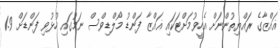
ޣައްޒާގެ ރައްޔިތުންނަށް އެހީވުމަށްޓަކައި ޣައްޒާ ފަންޑު މޯލްޑިވްސް ނަމުގައި ހުޅުވި ފަންޑަށް 1.9